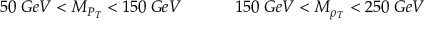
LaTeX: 5 0 \; G e V < M _ { P _ { T } } < 1 5 0 \; G e V \ \ \ \ \ \ \ \ \ \ 1 5 0 \; G e V < M _ { \rho _ { T } } < 2 5 0 \; G e V